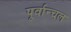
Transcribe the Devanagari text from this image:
पूर्वान्चल